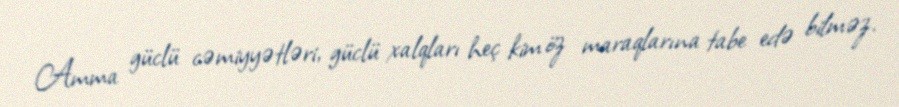
Amma güclü cəmiyyətləri, güclü xalqları heç kim öz maraqlarına tabe edə bilməz.